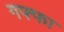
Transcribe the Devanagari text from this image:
गफ्फा